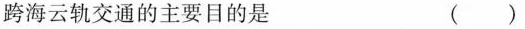
跨海云轨交通的主要目的是 （）